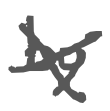
Text: by
Cross-out: cross
Writing tool: digital_gray